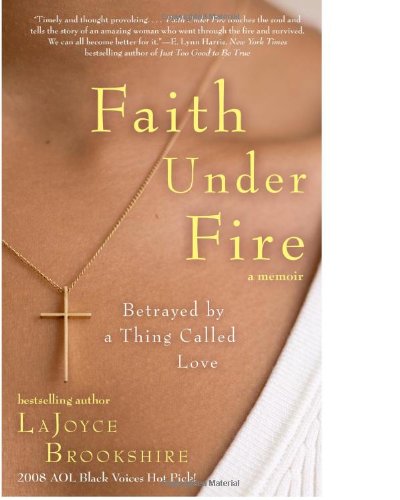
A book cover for Faith Under Fire: Betrayed by a Thing Called Love; LaJoyce Brookshire; Health, Fitness & Dieting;